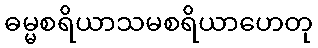
ဓမ္မစရိယာသမစရိယာဟေတု